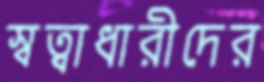
স্বত্বাধারীদের